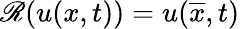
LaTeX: \mathscr{R}(u(x,t))=u(\overline{{x}},t)